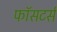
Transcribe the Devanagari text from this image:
फॉसटर्स